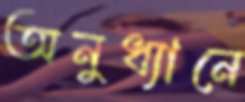
অনুধ্যানে